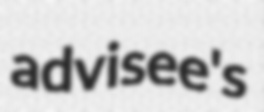
advisee's